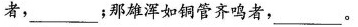
者，___；那雄浑如铜管齐鸣者，___。